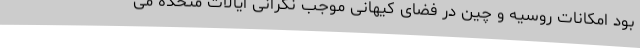
بود امکانات روسیه و چین در فضای کیهانی موجب نگرانی ایالات متحده می